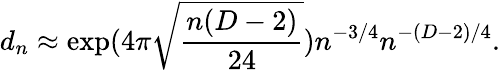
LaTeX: d_{n}\approx\exp(4\pi\sqrt{\frac{n(D-2)}{24}})n^{-3/4}n^{-(D-2)/4}.